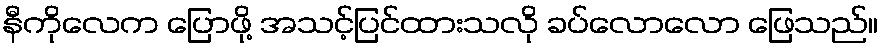
နီကိုလေက ပြောဖို့ အသင့်ပြင်ထားသလို ခပ်လောလော ဖြေသည်။